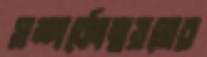
সম্পর্কোন্নয়নের